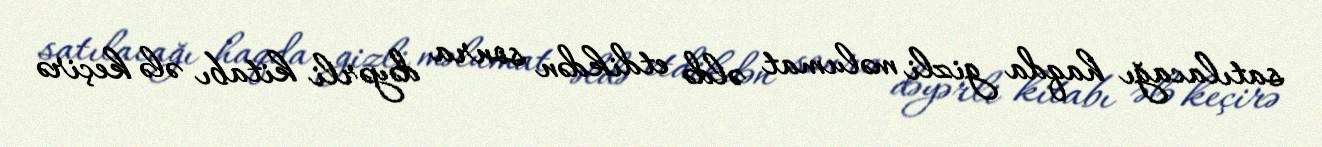
satılacağı haqda gizli məlumat əldə etdikdən sonra dəyərli kitabı ələ keçirə